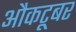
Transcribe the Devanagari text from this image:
औकटूबर